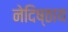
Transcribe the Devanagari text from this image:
नेदिष्ठाय